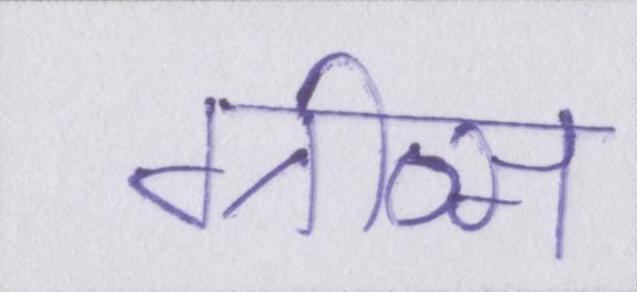
ग्रीव्स